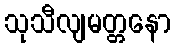
သုသီလျမတ္တနော